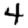
Digit: 4